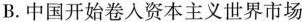
B.中国开始卷入资本主义世界市场